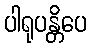
ပါရုပန္တိပေ